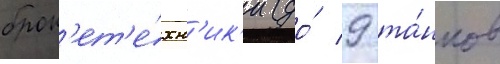
брон'ет'е́хн'ик'и (до́ 9 та́нков